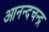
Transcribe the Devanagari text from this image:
आनन्दचन्द्र